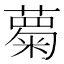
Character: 𮑦